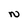
Character: N